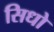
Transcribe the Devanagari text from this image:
सिधो